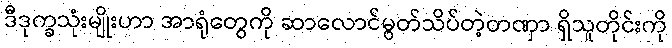
ဒီဒုက္ခသုံးမျိုးဟာ အာရုံတွေကို ဆာလောင်မွတ်သိပ်တဲ့တဏှာ ရှိသူတိုင်းကို